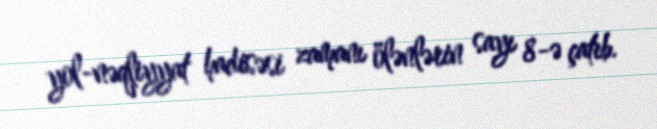
yol-nəqliyyat hadisəsi zamanı ölənlərin sayı 8-ə çatıb.